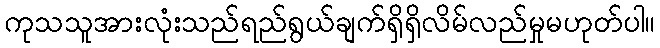
ကုသသူအားလုံးသည်ရည်ရွယ်ချက်ရှိရှိလိမ်လည်မှုမဟုတ်ပါ။